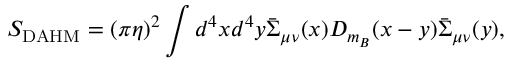
S _ { \mathrm { D A H M } } = ( \pi \eta ) ^ { 2 } \int d ^ { 4 } x d ^ { 4 } y \bar { \Sigma } _ { \mu \nu } ( x ) D _ { m _ { B } } ( x - y ) \bar { \Sigma } _ { \mu \nu } ( y ) ,